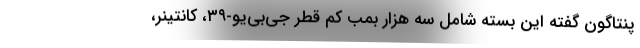
پنتاگون گفته این بسته شامل سه هزار بمب کم قطر جی‌‌بی‌‌یو-۳۹، کانتینر،